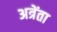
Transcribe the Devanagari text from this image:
अत्रेंता